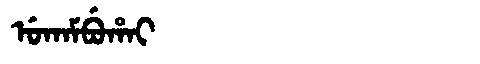
Manchu: ᡠᡴᠠᠮᠪᡠᡥᠠᡳ
Romanization: UKAMBUHAI